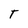
Character: T